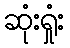
ဆုံးရှုံး